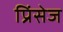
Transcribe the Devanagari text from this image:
प्रिंसेज